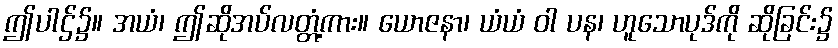
ဤပါဌ်၌။ အယံ၊ ဤဆိုအပ်လတ္တံ့ကား။ ယောဇနာ၊ ယံယံ ဝါ ပန၊ ဟူသောပုဒ်ကို ဆိုခြင်း၌